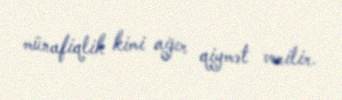
münafiqlik kimi ağır qiymət verilir.